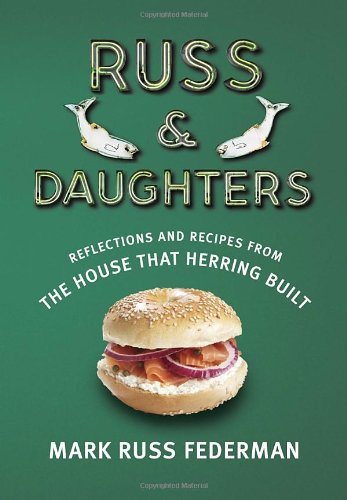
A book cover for Russ & Daughters: Reflections and Recipes from the House That Herring Built; Mark Russ Federman; Cookbooks, Food & Wine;